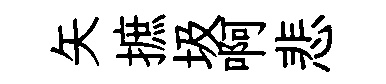
矢摭圾啊悲